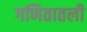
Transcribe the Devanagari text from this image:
गणितातली